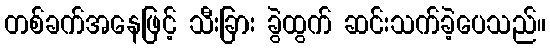
တစ်ခက်အနေဖြင့် သီးခြား ခွဲထွက် ဆင်းသက်ခဲ့ပေသည်။